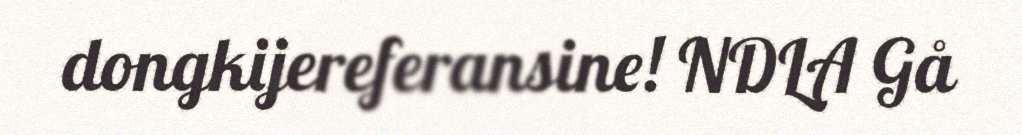
dongkijereferansine! NDLA Gå